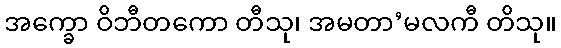
အက္ခော ဝိဘီတကော တီသု၊ အမတာ’မလကီ တိသု။